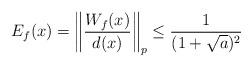
LaTeX: \begin{align*} E_f(x) = \left\| \frac{W_f(x)}{d(x)} \right\|_p \le \frac{1}{(1 + \sqrt a)^2}\end{align*}